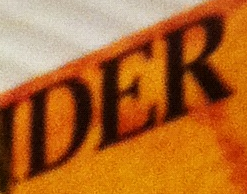
DER